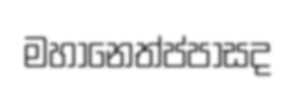
මහානෙත්ප්පාසද